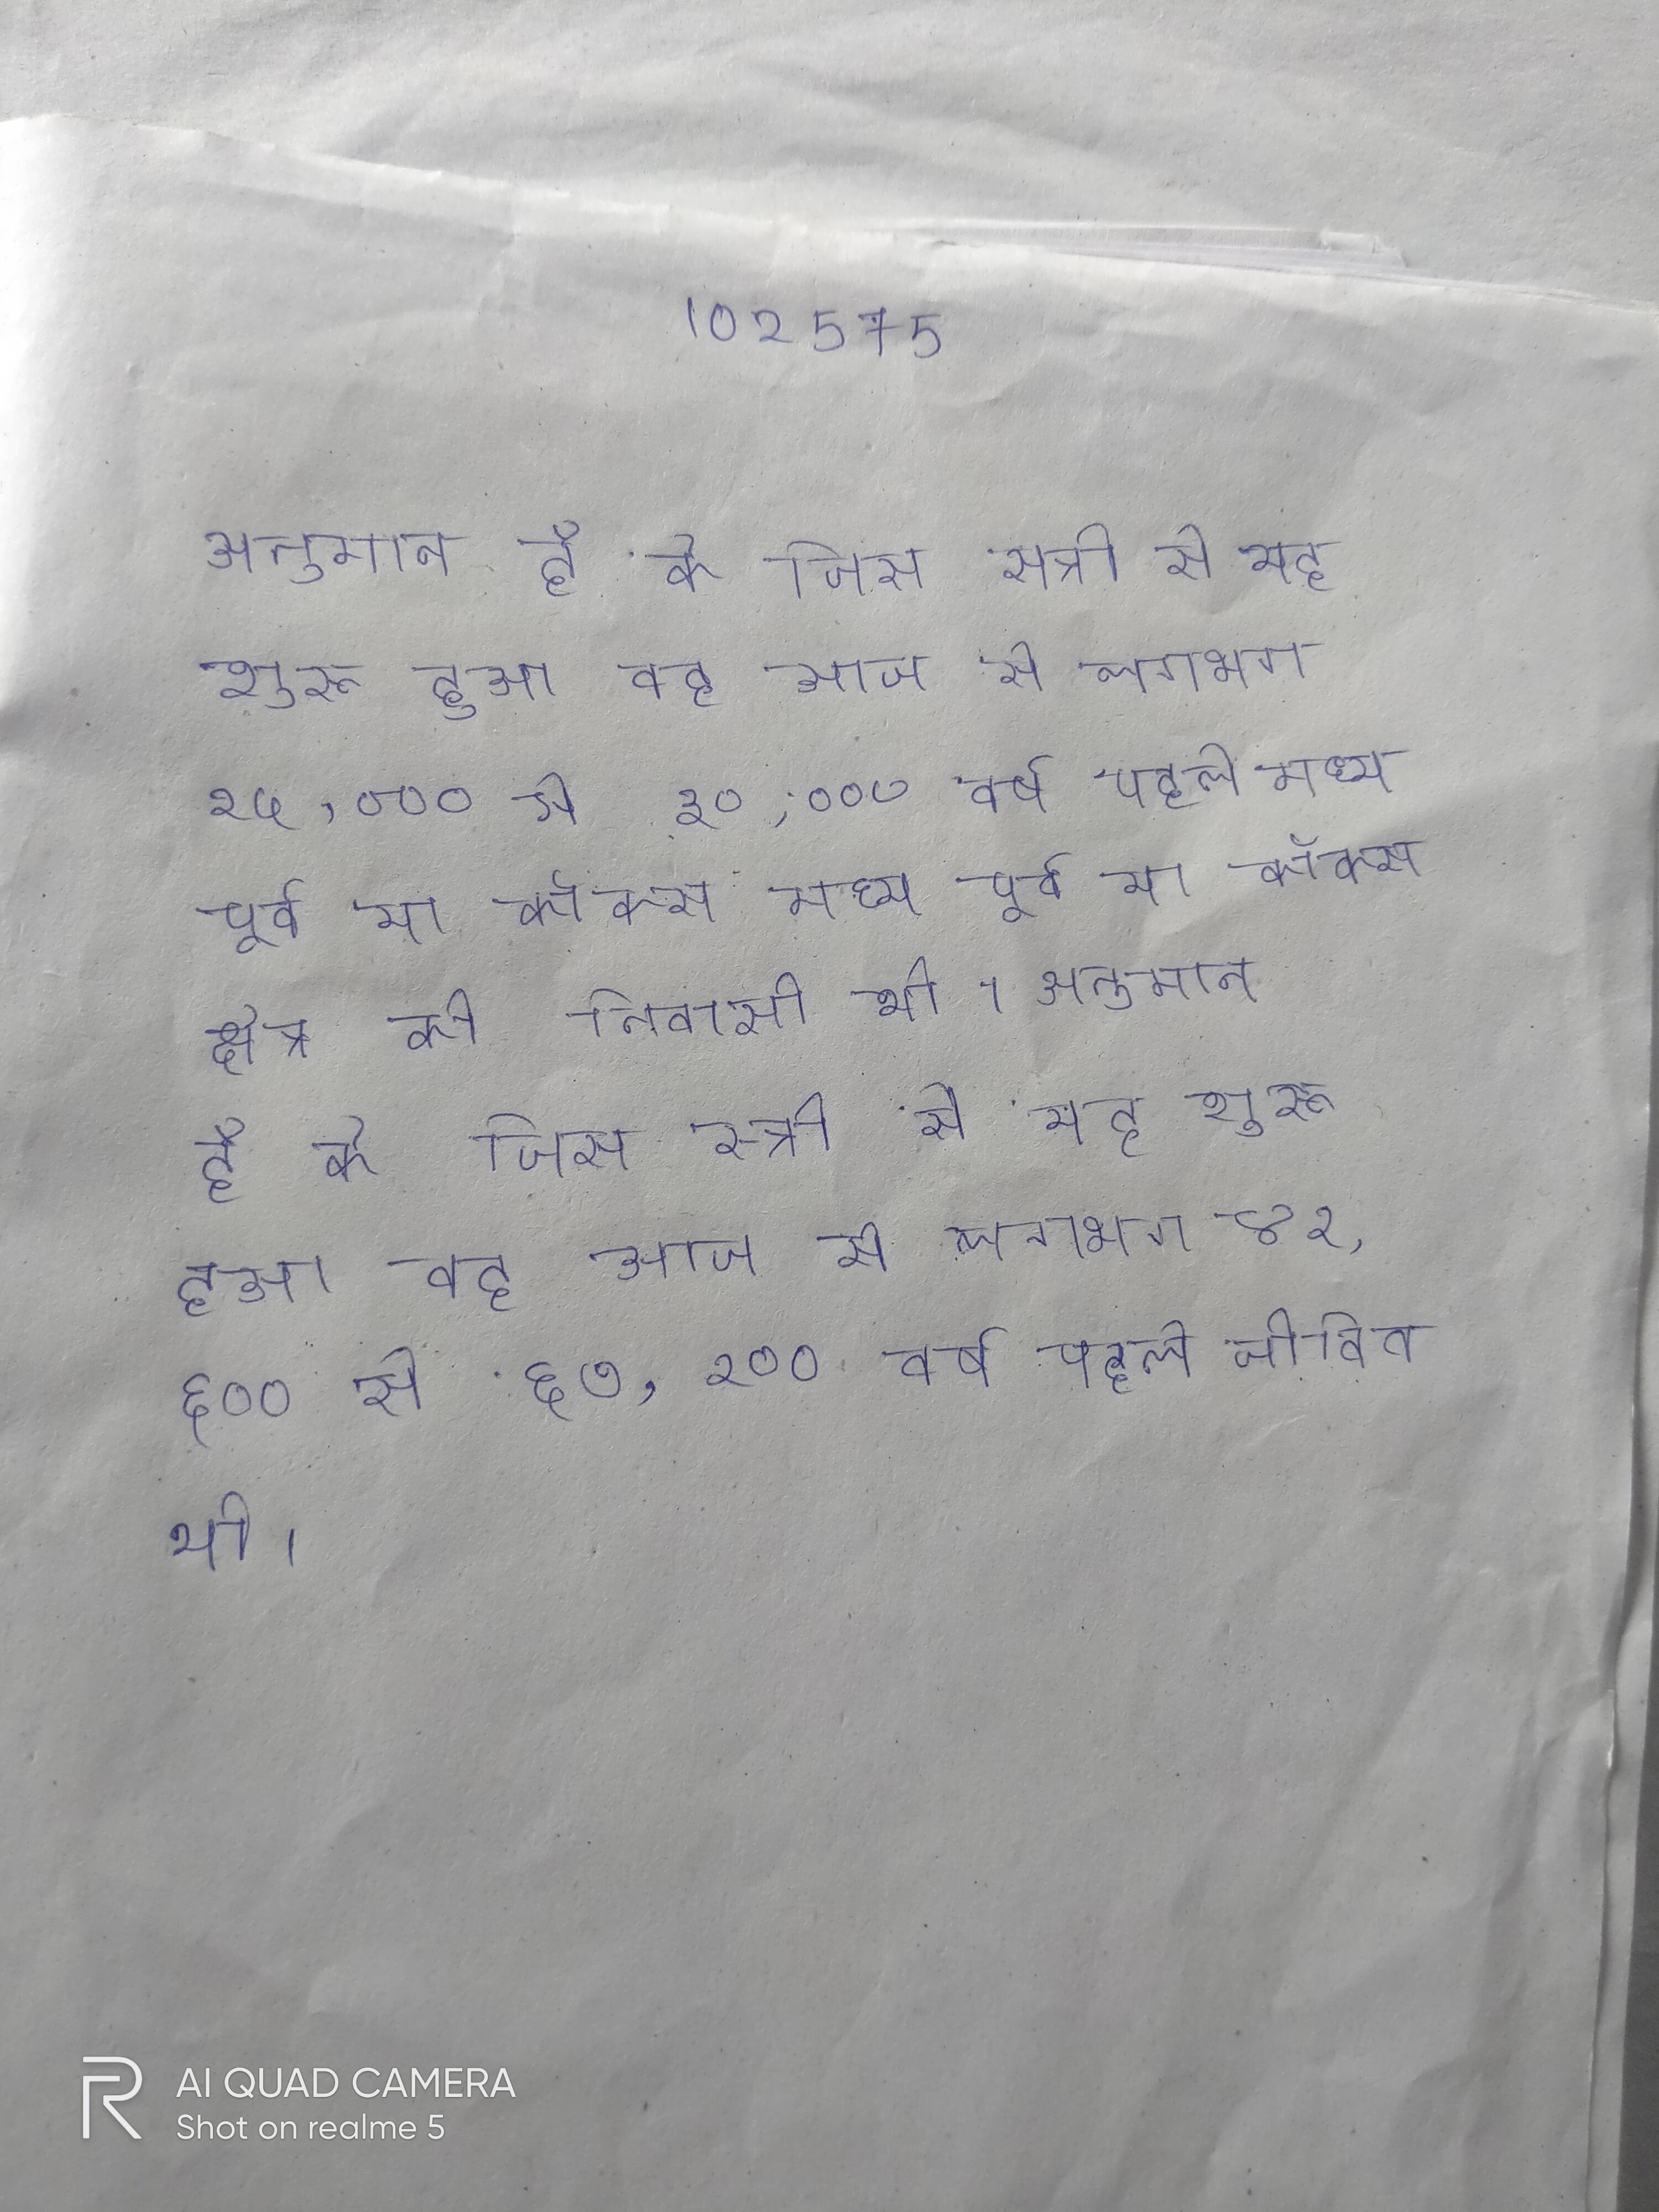
अनुमान है के जिस स्त्री से यह शुरू हुआ वह आज से लगभग २५,००० से ३०,००० वर्ष पहले मध्य पूर्व या कॉकस क्षेत्र की निवासी थी । अनुमान है के जिस स्त्री से यह शुरू हुआ वह आज से लगभग ४२,६०० से ६७,१०० वर्ष पहले जीवित थी ।